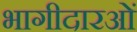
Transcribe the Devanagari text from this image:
भागीदारओं